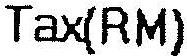
TAX(RM)